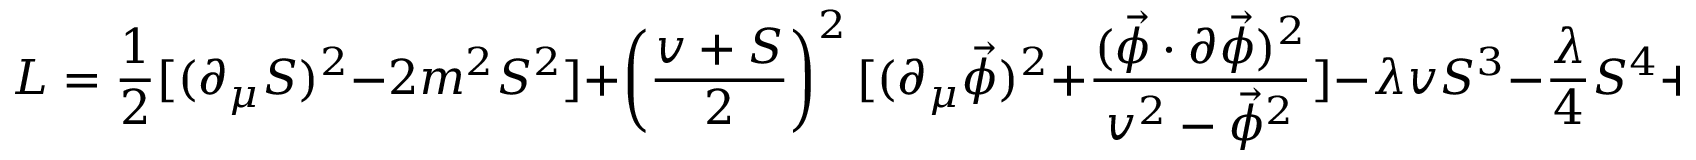
L = { \frac { 1 } { 2 } } [ ( \partial _ { \mu } S ) ^ { 2 } - 2 m ^ { 2 } S ^ { 2 } ] + \left( { \frac { v + S } { 2 } } \right) ^ { 2 } [ ( \partial _ { \mu } \vec { \phi } ) ^ { 2 } + { \frac { ( \vec { \phi } \cdot \partial \vec { \phi } ) ^ { 2 } } { v ^ { 2 } - \vec { \phi } ^ { 2 } } } ] - \lambda v S ^ { 3 } - { \frac { \lambda } { 4 } } S ^ { 4 } + . . . ,